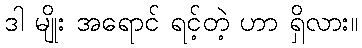
ဒါ မျိုး အရောင် ရင့်တဲ့ ဟာ ရှိလား။